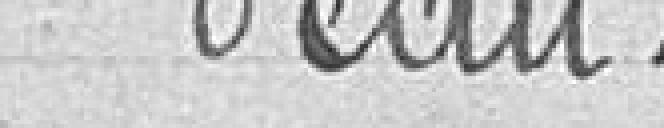
d'eau